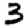
Digit: 3